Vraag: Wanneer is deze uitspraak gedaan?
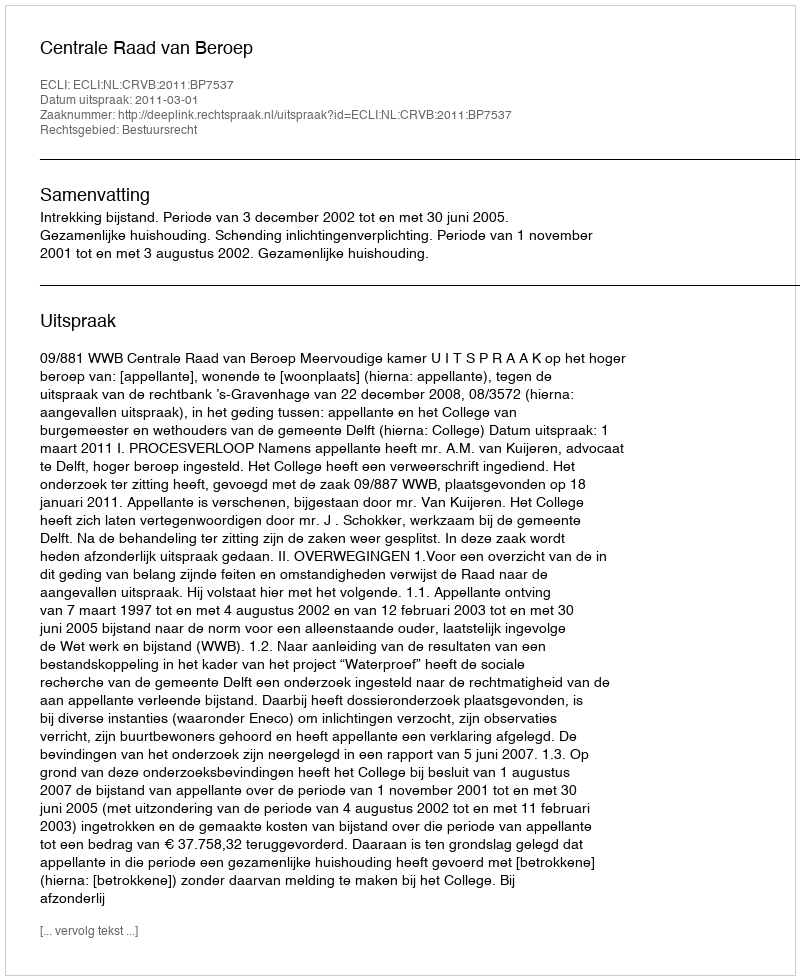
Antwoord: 2011-03-01